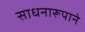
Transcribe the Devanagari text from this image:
साधनारूपाने